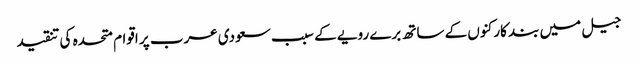
جیل میں بند کارکنوں کے ساتھ برے رویے کے سبب سعودی عرب پر اقوام متحدہ کی تنقید